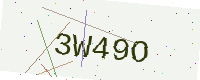
Text: 3W49O